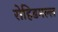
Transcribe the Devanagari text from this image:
रोहिडमल्ल